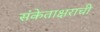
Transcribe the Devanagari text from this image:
संकेताक्षराची